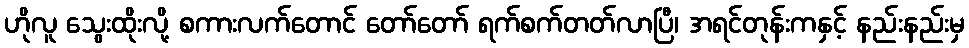
ဟိုလူ သွေးထိုးလို့ စကားလက်တောင် တော်တော် ရက်စက်တတ်လာပြီ၊ အရင်တုန်းကနှင့် နည်းနည်းမှ